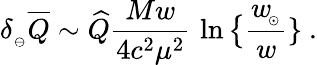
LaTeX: \delta_{_\ominus}\overline{{Q}}\sim\widehat Q{\frac{Mw}{4c^{2}\mu^{2}}}\, \ln\big\{ {\frac{w_{\! _{\odot}}}{w}}\} \ .